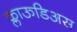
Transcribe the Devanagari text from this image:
क्लाऊडिअस